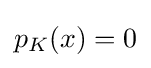
{\textstyle p_{K}(x)=0}